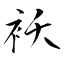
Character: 袄